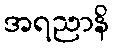
အရညာနိ